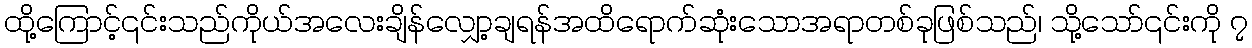
ထို့ကြောင့်၎င်းသည်ကိုယ်အလေးချိန်လျှော့ချရန်အထိရောက်ဆုံးသောအရာတစ်ခုဖြစ်သည်၊ သို့သော်၎င်းကို ၇